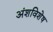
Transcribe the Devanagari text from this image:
अंशविशेष